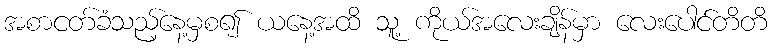
အစာငတ်ခံသည့်နေ့မှစ၍ ယနေ့အထိ သူ့ ကိုယ်အလေးချိန်မှာ လေးပေါင်တိတိ